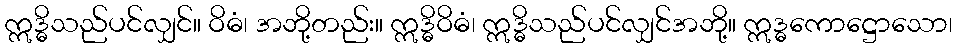
ဣဒ္ဓိသည်ပင်လျှင်။ ဝိဓံ၊ အဘို့တည်း။ ဣဒ္ဓိဝိဓံ၊ ဣဒ္ဓိသည်ပင်လျှင်အဘို့။ ဣဒ္ဓကောဋ္ဌောသော၊